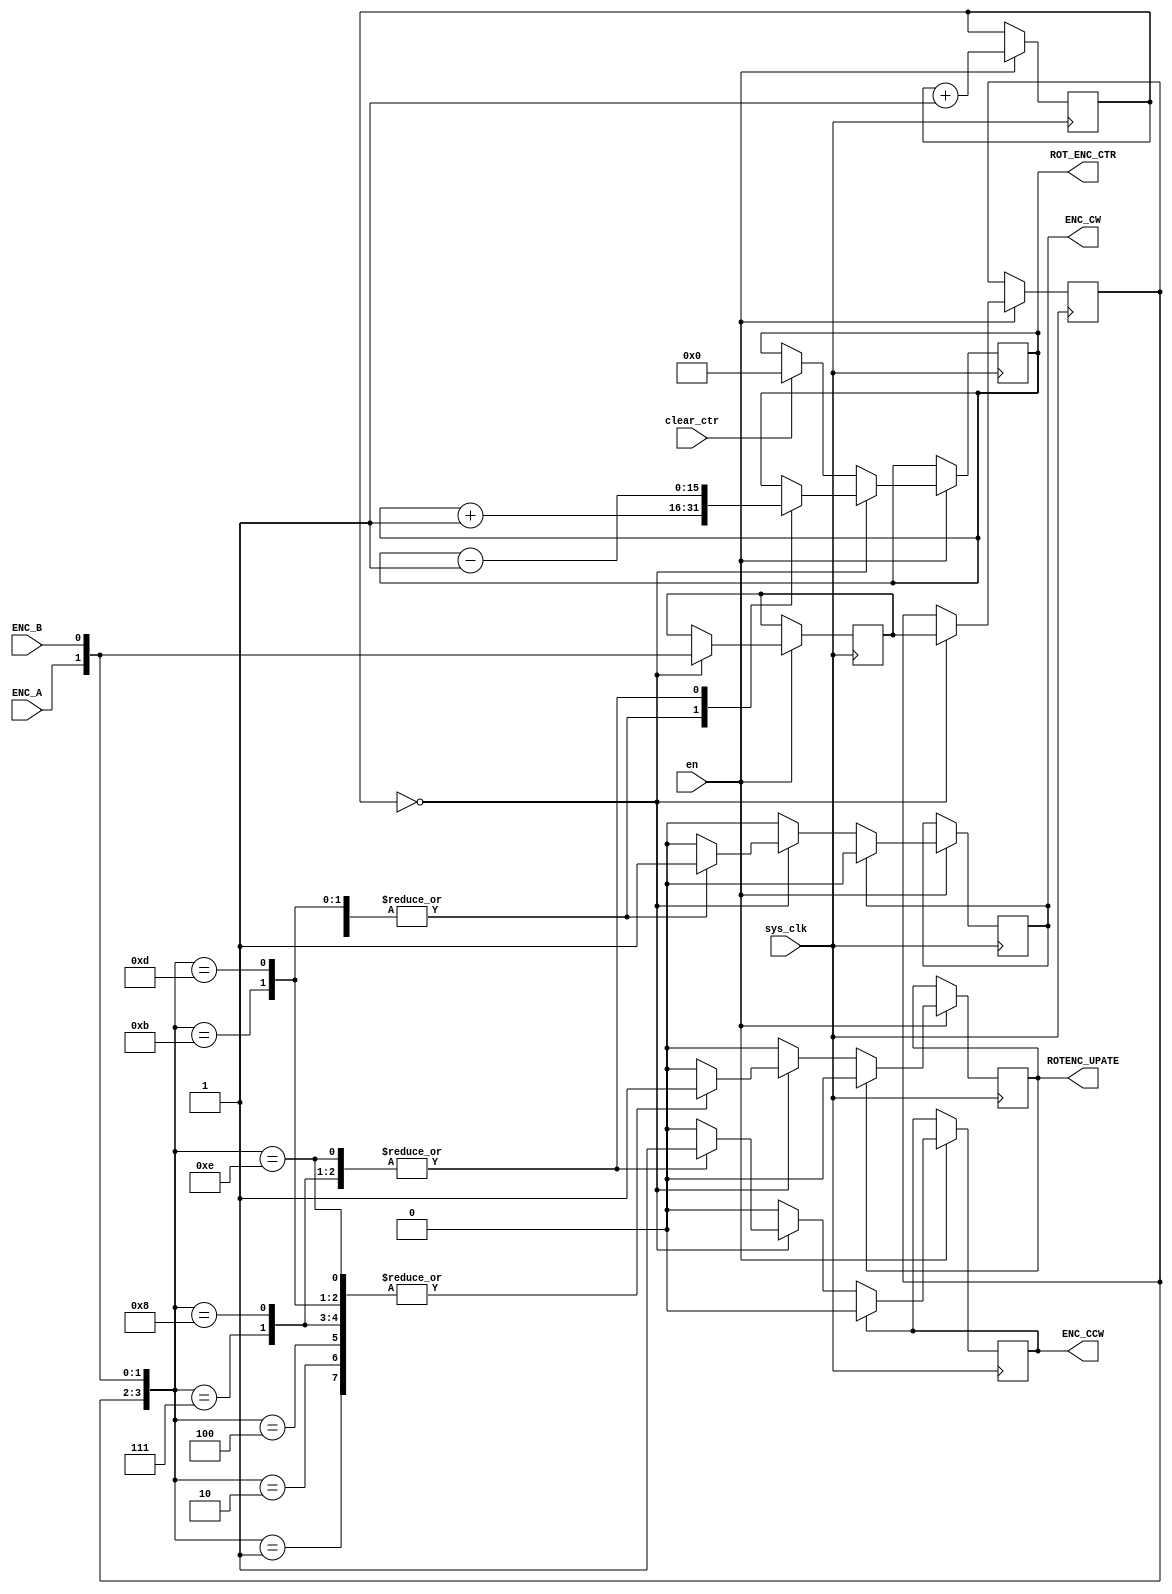
/*
    02/14/2024 Joseph A. De Vico

    Clockwise (CW) -> +
    Counter Clockwise (CCW) -> -
*/


module Rotary_Encoder_PM
#(
    parameter D_RES = 16,
    parameter SYSCLK_F = 12000000,
    parameter SAMPLING_HZ = 400
)(
    input en,
    input sys_clk,

    input ENC_A,
    input ENC_B,

    input clear_ctr,

    output reg [(D_RES - 1):0] ROT_ENC_CTR,

    output reg ENC_CW,
    output reg ENC_CCW,
    output reg ROTENC_UPATE
);
    localparam CLKRATIO = SYSCLK_F / (SAMPLING_HZ * 2);
    localparam CLKDIV_W = $clog2(CLKRATIO);

    reg [(CLKDIV_W - 1):0] rotenc_sample_time;

    localparam ENC_0 = 2'b00;
    localparam ENC_1 = 2'b01;
    localparam ENC_2 = 2'b10;
    localparam ENC_3 = 2'b11;

    //localparam ENC_0_1 = {ENC_0, ENC_1};
    //localparam ENC_0_2 = {ENC_0, ENC_2};
    localparam ENC_0_1 = 4'b0001;
    localparam ENC_0_2 = 4'b0010;
    localparam ENC_1_0 = 4'b0100;
    localparam ENC_1_3 = 4'b0111;
    localparam ENC_2_0 = 4'b1000;
    localparam ENC_2_3 = 4'b1011;
    localparam ENC_3_1 = 4'b1101;
    localparam ENC_3_2 = 4'b1110;

    reg [1:0] curr_enc_state;
    reg [1:0] last_enc_state;

    initial begin
        rotenc_sample_time  = 0;
        ROT_ENC_CTR         = 0;
        ENC_CW              = 0;
        ENC_CCW             = 0;
        ROTENC_UPATE        = 0;

        curr_enc_state      = 0;
        last_enc_state      = 0;
    end

    always @ (posedge sys_clk) begin
        if(en) begin
            rotenc_sample_time  <= rotenc_sample_time + 1;
            if(!rotenc_sample_time) begin
                last_enc_state  <= curr_enc_state;
                curr_enc_state  <= {ENC_A, ENC_B};

                case ({last_enc_state[1:0], ENC_A, ENC_B})
                    ENC_0_1: begin
                        ROT_ENC_CTR <= ROT_ENC_CTR - 1;
                        ENC_CCW     <= 1;
                        ROTENC_UPATE    <= 1;
                    end
                    ENC_0_2: begin
                        ROT_ENC_CTR <= ROT_ENC_CTR + 1;
                        ENC_CW      <= 1;
                        ROTENC_UPATE    <= 1;
                    end
                    ENC_1_0: begin
                        ROT_ENC_CTR <= ROT_ENC_CTR + 1;
                        ENC_CW      <= 1;
                        ROTENC_UPATE    <= 1;
                    end
                    ENC_1_3: begin
                        ROT_ENC_CTR <= ROT_ENC_CTR - 1;
                        ENC_CCW     <= 1;
                        ROTENC_UPATE    <= 1;
                    end
                    ENC_2_0: begin
                        ROT_ENC_CTR <= ROT_ENC_CTR - 1;
                        ENC_CCW     <= 1;
                        ROTENC_UPATE    <= 1;
                    end
                    ENC_2_3: begin
                        ROT_ENC_CTR <= ROT_ENC_CTR + 1;
                        ENC_CW      <= 1;
                        ROTENC_UPATE    <= 1;
                    end
                    ENC_3_1: begin
                        ROT_ENC_CTR <= ROT_ENC_CTR + 1;
                        ENC_CW      <= 1;
                        ROTENC_UPATE    <= 1;
                    end
                    ENC_3_2: begin
                        ROT_ENC_CTR <= ROT_ENC_CTR - 1;
                        ENC_CCW     <= 1;
                        ROTENC_UPATE    <= 1;
                    end
                endcase
            end
            else if(clear_ctr) begin
                ROT_ENC_CTR <= 0;
            end

            if(ENC_CW) ENC_CW                   <= 0;
            if(ENC_CCW) ENC_CCW                 <= 0;
            if(ROTENC_UPATE) ROTENC_UPATE       <= 0;

        end
    end
endmodule